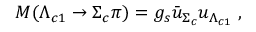
M ( \Lambda _ { c 1 } \to \Sigma _ { c } \pi ) = g _ { s } { \bar { u } } _ { \Sigma _ { c } } u _ { \Lambda _ { c 1 } } \; ,